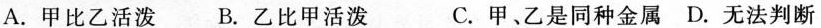
A.甲比乙活泼B.乙比甲活泼 C.甲、乙是同种金属D.无法判断